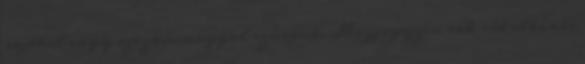
sajttal vagy szezámmaggal szórjuk. Megjegyzés: sok sót elbír és